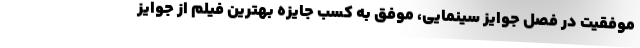
موفقیت در فصل جوایز سینمایی، موفق به کسب جایزه بهترین فیلم از جوایز